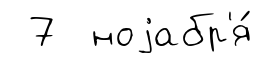
7 ноjабр'я́